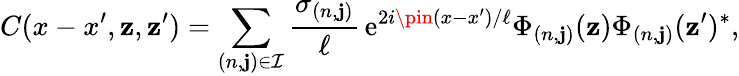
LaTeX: C(x-x^{\prime},\mathbf{z},\mathbf{z}^{\prime})=\sum_{(n,\mathbf{j})\in\mathcal{{I}}}\frac{{\sigma_{(n,\mathbf{j})}}}{{\ell}}\, \mathrm{{e}}^{2i\pin(x-x^{\prime})/\ell}\Phi_{(n,\mathbf{j})}(\mathbf{z})\Phi_{(n,\mathbf{j})}(\mathbf{z}^{\prime})^{\ast},